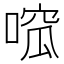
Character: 𠹁